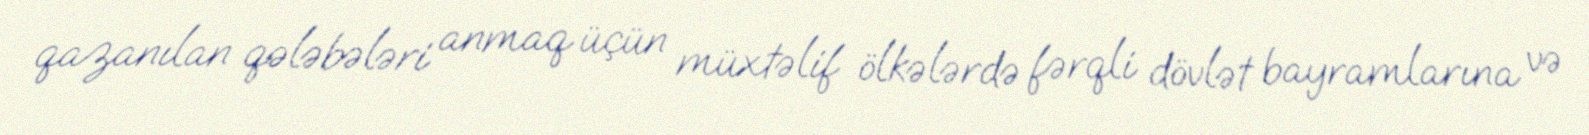
qazanılan qələbələri anmaq üçün müxtəlif ölkələrdə fərqli dövlət bayramlarına və